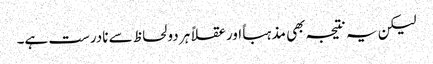
لیکن یہ نتیجہ بھی مذہباً اور عقلاً ہر دو لحاظ سے نادرست ہے۔